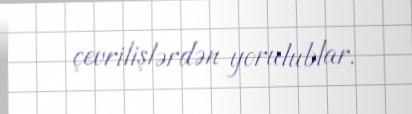
çevrilişlərdən yorulublar.